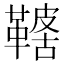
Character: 𩌤